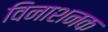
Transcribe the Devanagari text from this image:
विनाशनक